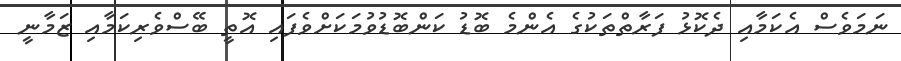
ނަމަވެސް އެކަމާއި ދެކޮޅު ފަރާތްތަކުގެ އެންމެ ބޮޑު ކަންބޮޑުވުމަކަށްވެފައި އޮތީ ބޭސްވެރިކަމާއި ޒަމާނީ